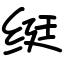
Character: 𬘩